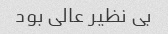
بی نظیر عالی بود